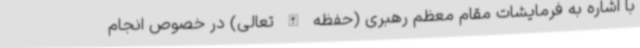
با اشاره به فرمایشات مقام معظم رهبری (حفظه الله تعالی) در خصوص انجام